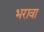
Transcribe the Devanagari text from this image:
भरावा